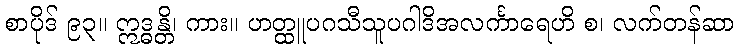
စာပိုဒ် ၉၃။ ဣဒ္ဓန္တိ၊ ကား။ ဟတ္ထူပဂသီသူပဂါဒိအလင်္ကာရေဟိ စ၊ လက်တန်ဆာ